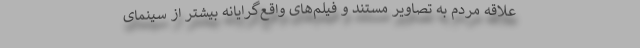
علاقه مردم به تصاویر مستند و فیلم‌های واقع‌گرایانه بیشتر از سینمای